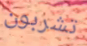
تشربون